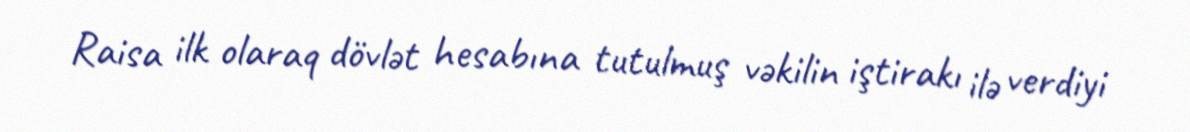
Raisa ilk olaraq dövlət hesabına tutulmuş vəkilin iştirakı ilə verdiyi